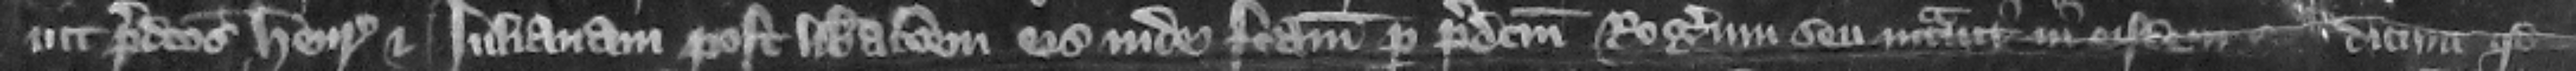
uit predictos Henricum et Iulianam post liberacionem eis inde factam per predictum Rogerum seu intrauit in eisdem dicunt quod